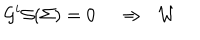
LaTeX: \mathcal { G } ^ { i } \mathcal { S } ( \Sigma ) = 0 \, \, \, \, \, \, \, \Rightarrow \; \; \mathcal { W }